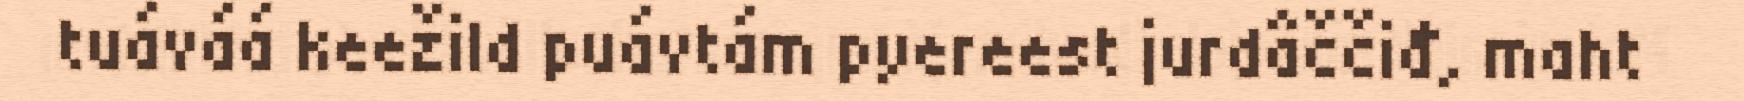
tuáváá keežild puávtám pyereest jurdâččiđ, maht